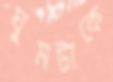
ঘুমটাকে